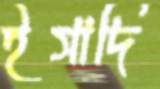
ইসাদি